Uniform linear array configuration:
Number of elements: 32
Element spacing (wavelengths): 0.5
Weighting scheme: uniform
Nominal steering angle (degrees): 15
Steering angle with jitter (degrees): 15.133
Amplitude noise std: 0.05
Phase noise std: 0.05

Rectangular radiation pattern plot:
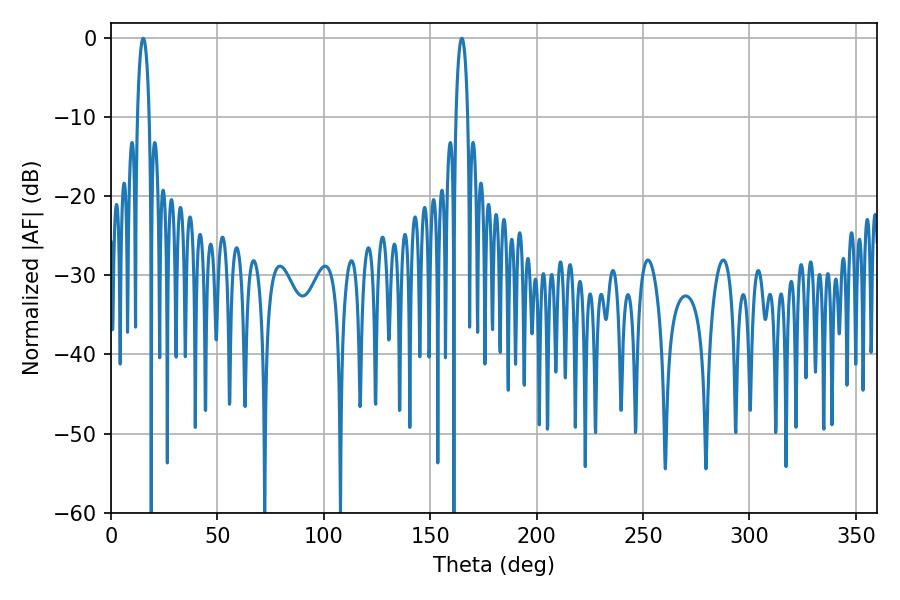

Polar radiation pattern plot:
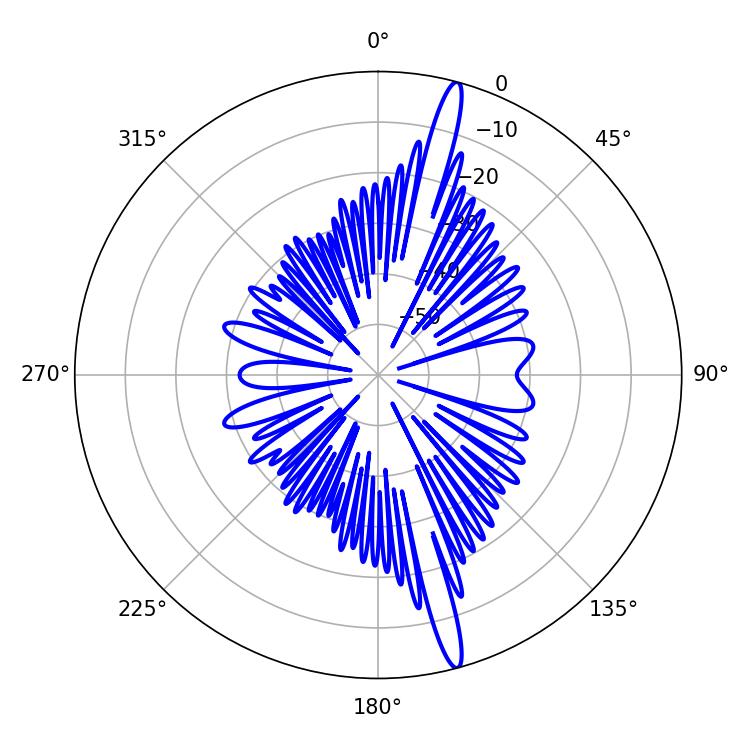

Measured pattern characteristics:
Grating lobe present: FALSE
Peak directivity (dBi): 17.684
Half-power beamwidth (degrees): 3.06
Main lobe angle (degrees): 15.12